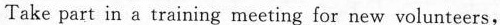
Take part in a training meeting for new voluateers,